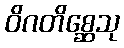
ဝိဂတိစ္ဆေသု